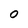
Character: O